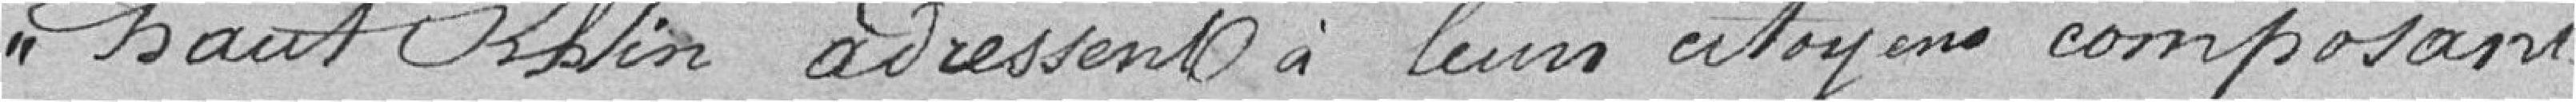
Haut-Rhin adressent à leurs citoyens composant